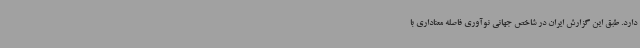
دارد. طبق این گزارش ایران در شاخص‌ جهانی نوآوری فاصله معناداری با